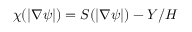
\chi ( | \nabla \psi | ) = S ( | \nabla \psi | ) - Y / H